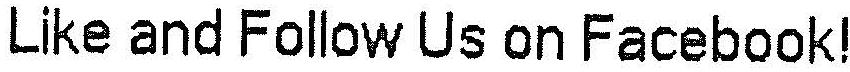
LIKE AND FOLLOW US ON FACEBOOK!